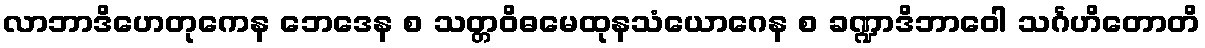
လာဘာဒိဟေတုကေန ဘေဒေန စ သတ္တဝိဓမေထုနသံယောဂေန စ ခဏ္ဍာဒိဘာဝေါ သင်္ဂဟိတောတိ